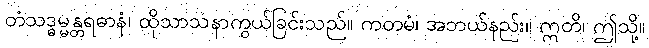
တံသဒ္ဓမ္မန္တရဓာနံ၊ ထိုသာသနာကွယ်ခြင်းသည်။ ကတမံ၊ အဘယ်နည်း။ ဣတိ၊ ဤသို့။